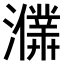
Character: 𤃙